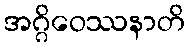
အဂ္ဂိဝေဿနာတိ